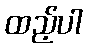
ထည့်ပါ